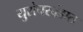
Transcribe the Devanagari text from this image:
युरोपखंडात